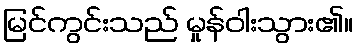
မြင်ကွင်းသည် မှုန်ဝါးသွား၏။